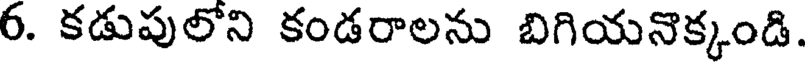
6. కడుపులోని కండరాలను బిగియనొక్కండి.